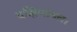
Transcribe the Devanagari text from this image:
दक्षिणांचल।